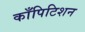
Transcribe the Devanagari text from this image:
काँपिटिशन